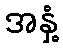
အနှံ့